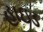
હાઇડ